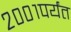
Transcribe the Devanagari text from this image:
२००१पर्यंत